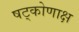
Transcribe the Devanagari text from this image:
षट्कोणाक्ष